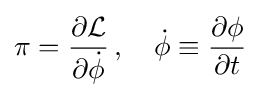
\pi ={\frac {\partial {\mathcal {L}}}{\partial {\dot {\phi }}}}\,,\quad {\dot {\phi }}\equiv {\frac {\partial \phi }{\partial t}}